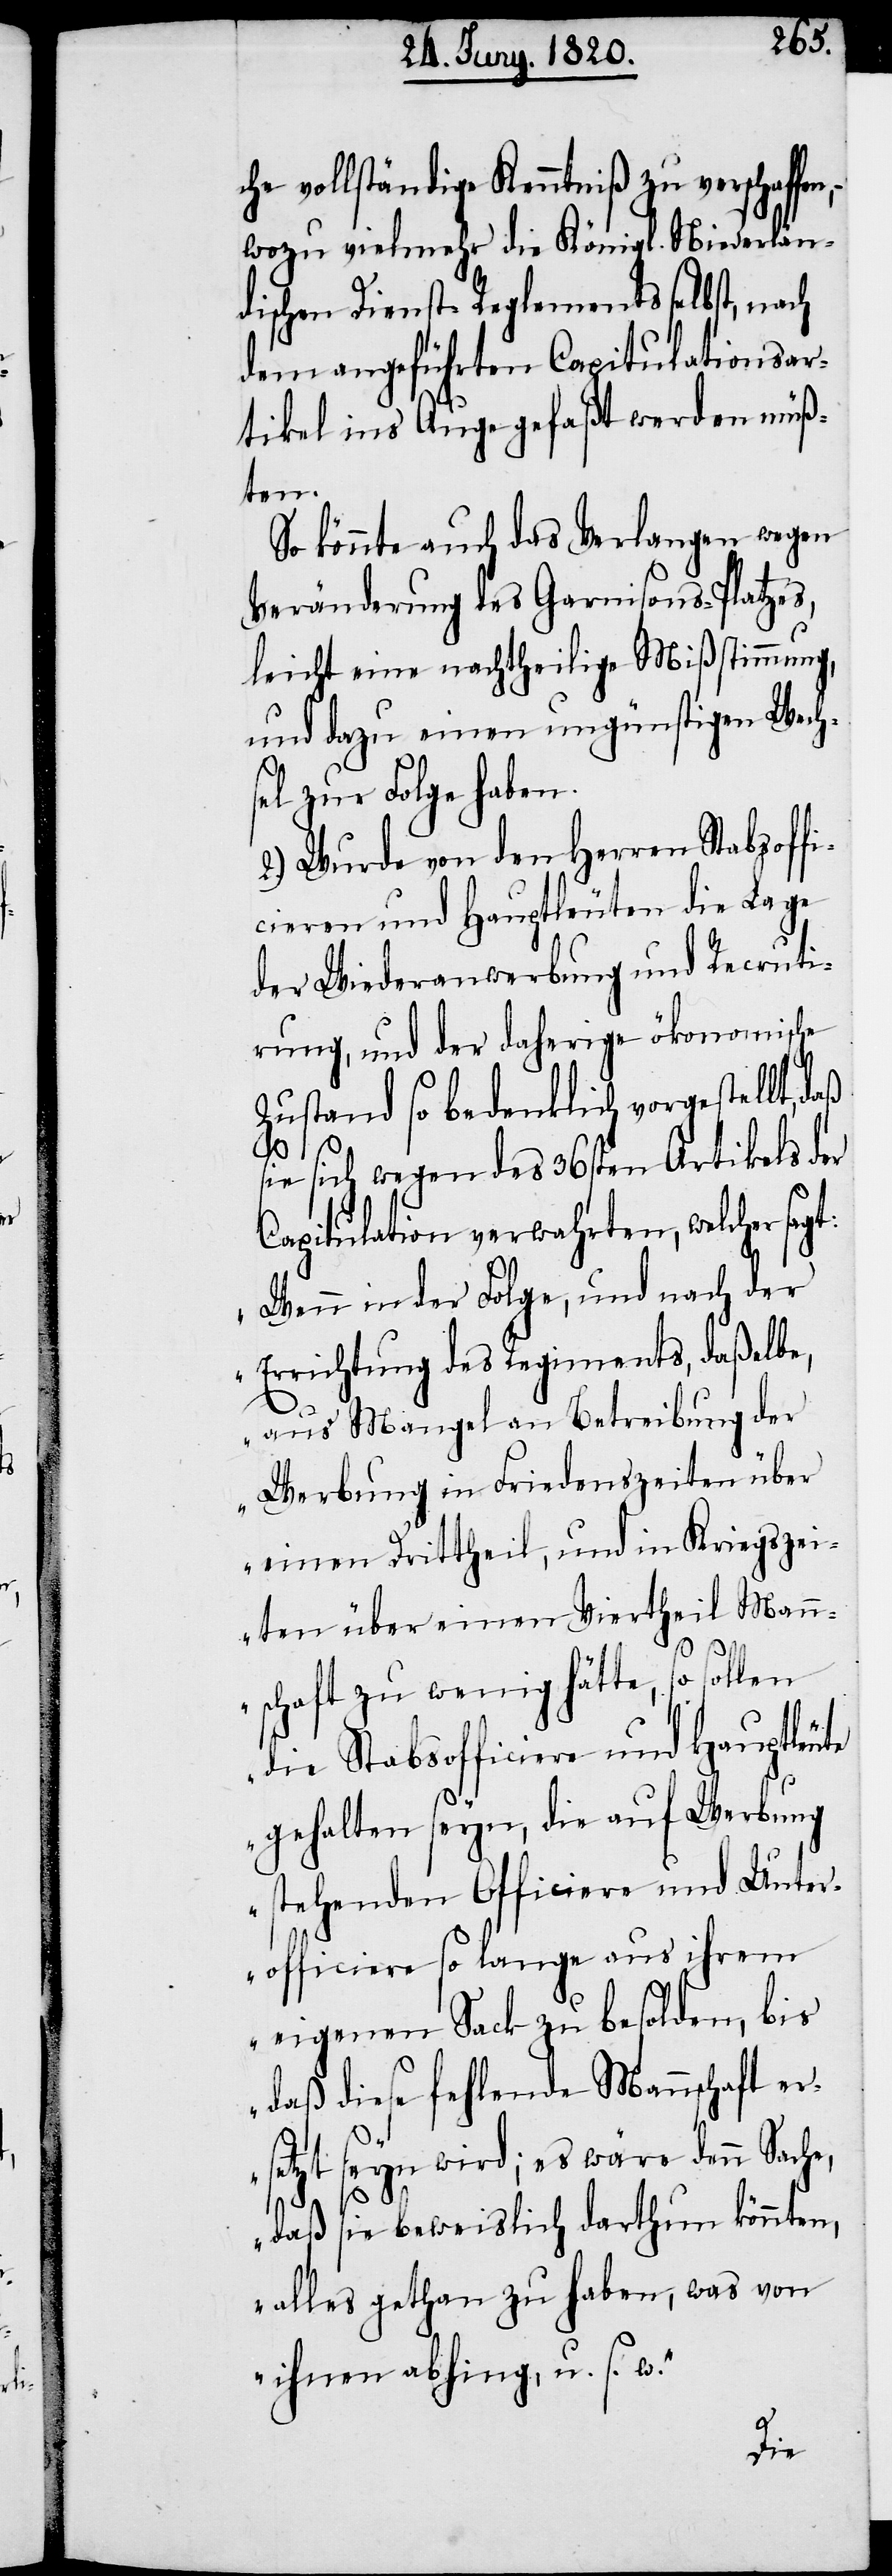
che vollständige Kenntniß zu verschaffe¬
wozu vielmehr die Königl. Niederlän¬
dischen Dienst-Reglements selbst, nach
dem angeführten Capitulationsar¬
tikel ins Auge gefaßt werden müß¬
ten.
So könnte auch das Verlangen wegen
Veränderung des Garnisons-Platzes,
leicht eine nachtheilige Mißstimmung,
und dazu einen ungünstigen Wech¬
sel zur Folge haben.
2.) Wurde von den Herren Stabsoffi¬
cieren und Hauptleuten die Lage
der Wiederanwerbung und Recruti¬
rung, und der daherige ökonomische
Zustand so bedenklich vorgestellt, daß
sie sich wegen des 36sten Artikels der
Capitulation verwahrten, welcher sagt:
„Wenn in der Folge, und nach der
Errichtung des Regiments, daßelbe,
aus Mangel an Betreibung der
Werbung in Friedenszeiten über
einen Drittheil, und in Kriegszei¬
ten über einen Viertheil Man¬
nschaft zu wenig hätte, so sollen
die Stabsofficiere und Hauptleute
gehalten seyn, die auf Werbung
stehenden Officiere und Unter¬
officiere so lange aus ihrem
eigenen Sack zu besolden, bis
daß diese fehlende Mannschaft er¬
setzt seyn wird, es wäre denn Sache,
n,
daß sie beweislich darthun könnten,
alles gethan zu haben, was von
ihnen abhing, u. s. w.“